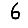
Digit: 6